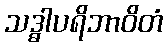
သဒ္ဓါပရိဘာဝိတံ